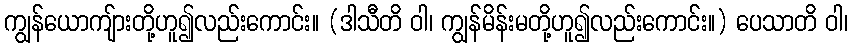
ကျွန်ယောကျ်ားတို့ဟူ၍လည်းကောင်း။ (ဒါသီတိ ဝါ၊ ကျွန်မိန်းမတို့ဟူ၍လည်းကောင်း။) ပေသာတိ ဝါ၊